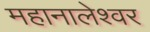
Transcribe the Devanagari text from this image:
महानालेश्वर